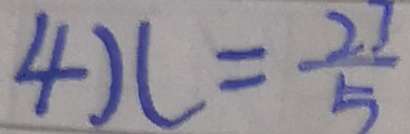
4 x = \frac { 2 7 } { 5 }